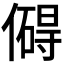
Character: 𫣣